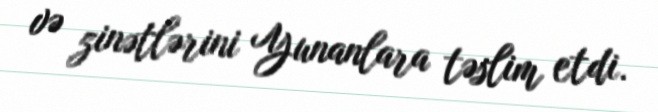
və zinətlərini Yunanlara təslim etdi.